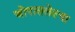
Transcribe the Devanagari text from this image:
जोपासलेल्या